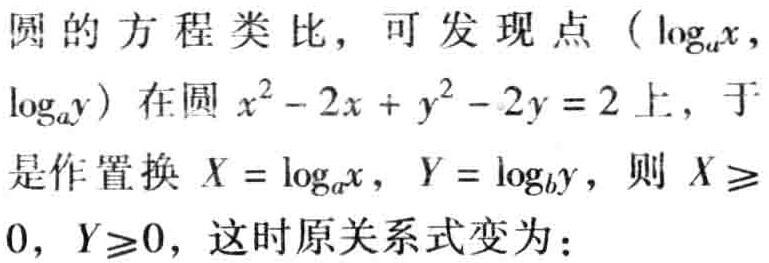
圆的方程类比，可发现点（$\log_{a}x$，$\log_{a}y$）在圆$x^{2}-2x + y^{2}-2y = 2$上，于是作置换$X = \log_{a}x$，$Y = \log_{b}y$，则$X \geqslant 0$，$Y\geqslant0$，这时原关系式变为：